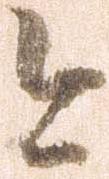
今